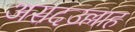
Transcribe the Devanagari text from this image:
असदउल्लाह